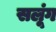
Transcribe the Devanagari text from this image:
सलूंग